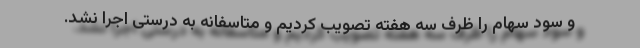
و سود سهام را ظرف سه هفته تصویب کردیم و متاسفانه به درستی اجرا نشد.